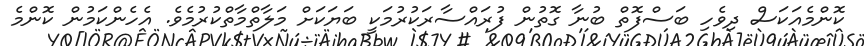
ކޮންމެއަކަސް ދިވެހި ބަސްފޮތް ބުނާ ގޮތުން ފުރައްސާރަކުރުމަކީ ބަޔަކަށް މަލާތްމާތްކުރުމެވެ. އެހެންކަމުން ކޮންމެ